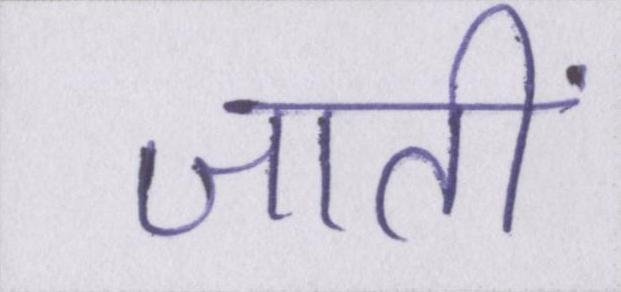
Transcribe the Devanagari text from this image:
जातीं